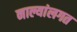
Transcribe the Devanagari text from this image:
नाल्यांलगत